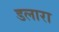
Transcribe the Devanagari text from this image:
डलारा